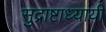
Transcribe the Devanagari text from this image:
सुद्राष्टाध्यायी